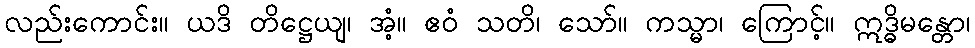
လည်းကောင်း။ ယဒိ တိဋ္ဌေယျ၊ အံ့။ ဧဝံ သတိ၊ သော်။ ကသ္မာ၊ ကြောင့်။ ဣဒ္ဓိမန္တော၊